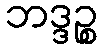
ဘဒ္ဒဉ္စ